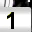
Digit: 1